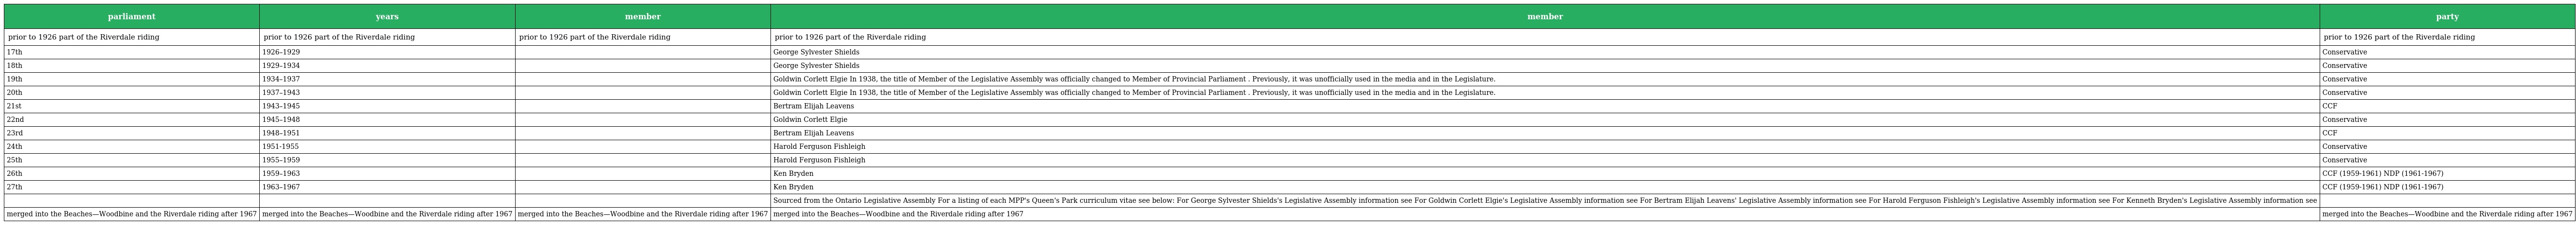
| parliament | years | member | member | party |
 | --- | --- | --- | --- | --- |
 | prior to 1926 part of the Riverdale riding | prior to 1926 part of the Riverdale riding | prior to 1926 part of the Riverdale riding | prior to 1926 part of the Riverdale riding | prior to 1926 part of the Riverdale riding |
 | 17th | 1926–1929 |  | George Sylvester Shields | Conservative |
 | 18th | 1929–1934 |  | George Sylvester Shields | Conservative |
 | 19th | 1934–1937 |  | Goldwin Corlett Elgie In 1938, the title of Member of the Legislative Assembly was officially changed to Member of Provincial Parliament . Previously, it was unofficially used in the media and in the Legislature. | Conservative |
 | 20th | 1937–1943 |  | Goldwin Corlett Elgie In 1938, the title of Member of the Legislative Assembly was officially changed to Member of Provincial Parliament . Previously, it was unofficially used in the media and in the Legislature. | Conservative |
 | 21st | 1943–1945 |  | Bertram Elijah Leavens | CCF |
 | 22nd | 1945–1948 |  | Goldwin Corlett Elgie | Conservative |
 | 23rd | 1948–1951 |  | Bertram Elijah Leavens | CCF |
 | 24th | 1951-1955 |  | Harold Ferguson Fishleigh | Conservative |
 | 25th | 1955–1959 |  | Harold Ferguson Fishleigh | Conservative |
 | 26th | 1959–1963 |  | Ken Bryden | CCF (1959-1961) NDP (1961-1967) |
 | 27th | 1963–1967 |  | Ken Bryden | CCF (1959-1961) NDP (1961-1967) |
 |  |  |  | Sourced from the Ontario Legislative Assembly For a listing of each MPP's Queen's Park curriculum vitae see below: For George Sylvester Shields's Legislative Assembly information see For Goldwin Corlett Elgie's Legislative Assembly information see For Bertram Elijah Leavens' Legislative Assembly information see For Harold Ferguson Fishleigh's Legislative Assembly information see For Kenneth Bryden's Legislative Assembly information see |  |
 | merged into the Beaches—Woodbine and the Riverdale riding after 1967 | merged into the Beaches—Woodbine and the Riverdale riding after 1967 | merged into the Beaches—Woodbine and the Riverdale riding after 1967 | merged into the Beaches—Woodbine and the Riverdale riding after 1967 | merged into the Beaches—Woodbine and the Riverdale riding after 1967 |